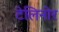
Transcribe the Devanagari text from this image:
टेलिनोर